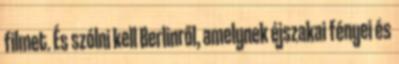
filmet. És szólni kell Berlinről, amelynek éjszakai fényei és